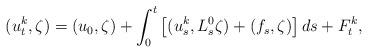
LaTeX: \begin{align*} (u^{k}_{t},\zeta) =(u_{0},\zeta)+\int_{0}^{t}\big[(u^{k}_{s},L^{0}_{s}\zeta) +( f_{s},\zeta)\big]\,ds+F^{k}_{t},\end{align*}